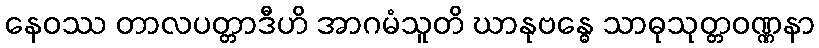
နေဝဿ တာလပတ္တာဒီဟိ အာဂမံသူတိ ဃာနုဗန္ဓေ သာဓုသုတ္တဝဏ္ဏနာ